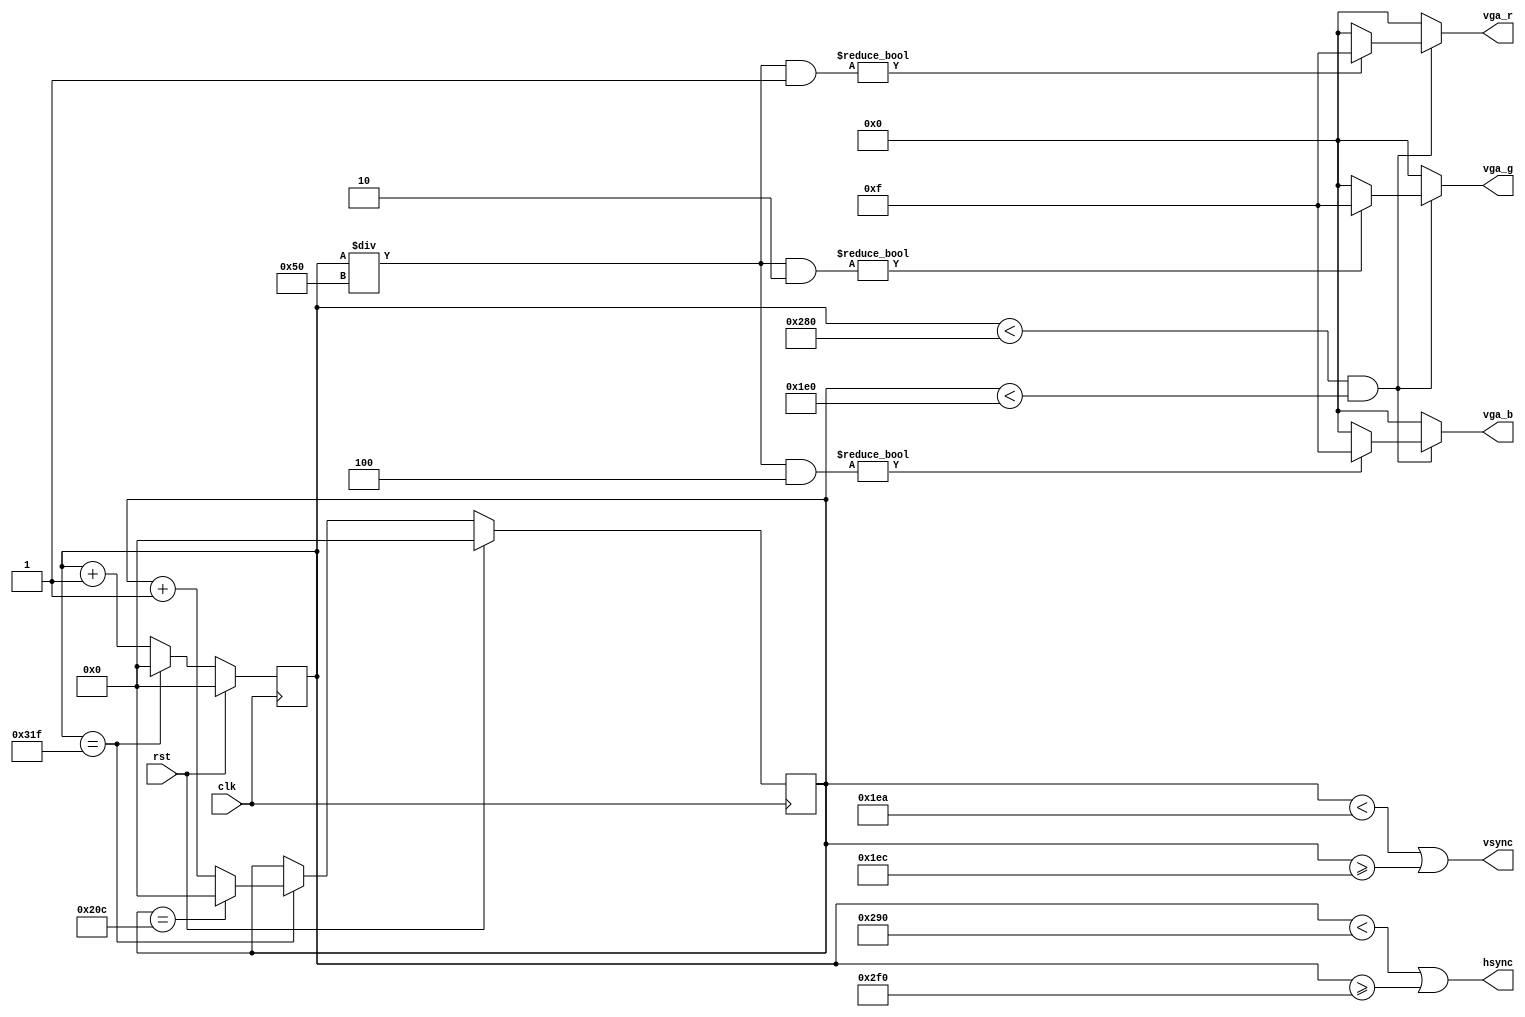

module VGA
  (
   input wire        clk,
   input wire        rst,

   output wire       hsync,
   output wire       vsync,
   output wire [3:0] vga_r,
   output wire [3:0] vga_g,
   output wire [3:0] vga_b);

    reg [9:0]        hsync_cnt;
    reg [9:0]        vsync_cnt;

    always @(posedge clk)
      hsync_cnt <= (rst) ? 0 :
                   (hsync_cnt == 799) ? 0 : hsync_cnt + 1;

    always @(posedge clk)
      vsync_cnt <= (rst) ? 0 :
                   (hsync_cnt == 799) ? ((vsync_cnt == 524) ? 0 : vsync_cnt + 1) :
                   vsync_cnt;

    wire             output_enable = (hsync_cnt < 640 && vsync_cnt < 480);

    wire [3:0]       r_color = ((hsync_cnt / 80) & 1) ? 4'hf : 4'h0;
    wire [3:0]       g_color = ((hsync_cnt / 80) & 2) ? 4'hf : 4'h0;
    wire [3:0]       b_color = ((hsync_cnt / 80) & 4) ? 4'hf : 4'h0;

    assign vga_r = (output_enable) ? r_color : 4'b0;
    assign vga_g = (output_enable) ? g_color : 4'b0;
    assign vga_b = (output_enable) ? b_color : 4'b0;

    assign hsync = (hsync_cnt < 656 || hsync_cnt >= 752);
    assign vsync = (vsync_cnt < 490 || vsync_cnt >= 492);

endmodule